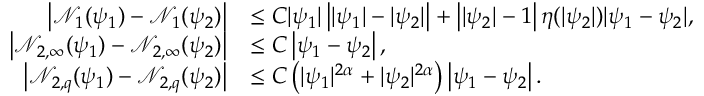
\begin{array} { r l } { \left| \mathcal { N } _ { 1 } ( \psi _ { 1 } ) - \mathcal { N } _ { 1 } ( \psi _ { 2 } ) \right| } & { \leq C | \psi _ { 1 } | \left| | \psi _ { 1 } | - | \psi _ { 2 } | \right| + \left| | \psi _ { 2 } | - 1 \right| \eta ( | \psi _ { 2 } | ) | \psi _ { 1 } - \psi _ { 2 } | , } \\ { \left| \mathcal { N } _ { 2 , \infty } ( \psi _ { 1 } ) - \mathcal { N } _ { 2 , \infty } ( \psi _ { 2 } ) \right| } & { \leq C \left| \psi _ { 1 } - \psi _ { 2 } \right| , } \\ { \left| \mathcal { N } _ { 2 , q } ( \psi _ { 1 } ) - \mathcal { N } _ { 2 , q } ( \psi _ { 2 } ) \right| } & { \leq C \left( | \psi _ { 1 } | ^ { 2 \alpha } + | \psi _ { 2 } | ^ { 2 \alpha } \right) \left| \psi _ { 1 } - \psi _ { 2 } \right| . } \end{array}